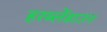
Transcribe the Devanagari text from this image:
हरब्लेंडाउन